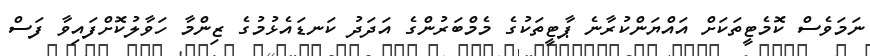
ނަމަވެސް ކޮމެޓީތަކަށް އައްޔަންކުރާނެ ޕާޓީތަކުގެ މެމްބަރުންގެ އަދަދު ކަނޑައެޅުމުގެ ޒިންމާ ހަވާލުކޮށްފައިވާ ފަސް